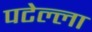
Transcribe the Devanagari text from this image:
पटेल्ला